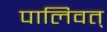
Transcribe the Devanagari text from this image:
पालिवत्‌